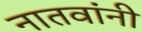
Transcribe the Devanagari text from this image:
नातवांनी